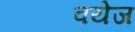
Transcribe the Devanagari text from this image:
वयेज